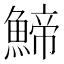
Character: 䱱